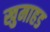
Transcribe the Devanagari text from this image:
खुमाहड